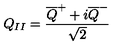
Q _ { I I } = \frac { \overline { { Q } } ^ { + } + i \overline { { Q } } ^ { - } } { \sqrt { 2 } }